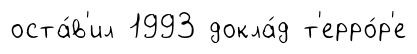
оста́в'ил 1993 докла́д т'ерро́р'е